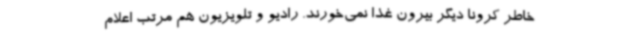
خاطر کرونا دیگر بیرون غذا نمی‌خورند. رادیو و تلویزیون هم مرتب اعلام